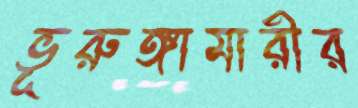
ভূরুঙ্গামারীর